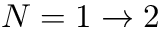
N = 1 \rightarrow 2